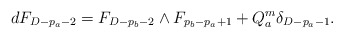
\begin{align*}dF_{D-p_a-2}=F_{D-p_b-2} \wedge F_{p_b-p_a+1} + Q^m_a \delta_{D-p_a-1}. \end{align*}